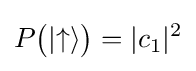
P{\big (}|{\uparrow }\rangle {\big )}=|c_{1}|^{2}